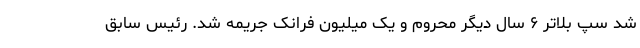
شد سپ بلاتر ۶ سال دیگر محروم و یک میلیون فرانک جریمه شد. رئیس سابق